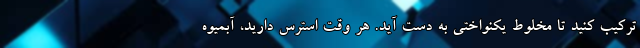
ترکیب کنید تا مخلوط یکنواختی به دست آید. هر وقت استرس دارید، آبمیوه